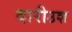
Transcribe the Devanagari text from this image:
दारीउश